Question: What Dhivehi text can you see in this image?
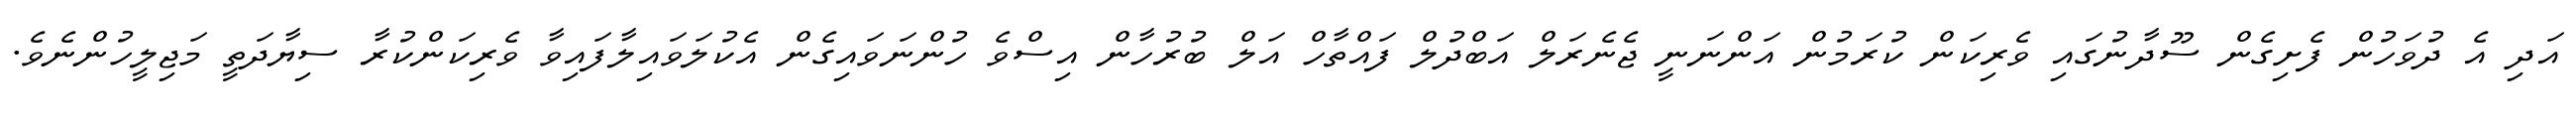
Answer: އަދި އެ ދުވަހުން ފެށިގެން ސޫދާނުގައި ވެރިކަން ކުރަމުން އަންނަނީ ޖެނެރަލް އަބްދުލް ފައްތާހް އަލް ބުރުހާން އިސްވެ ހުންނަވައިގެން އެކުލަވައިލާފައިވާ ވެރިކަންކުރާ ސިޔާދަތީ މަޖިލީހުންނެވެ.